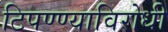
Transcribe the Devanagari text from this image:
टिपण्ण्याविरोधी